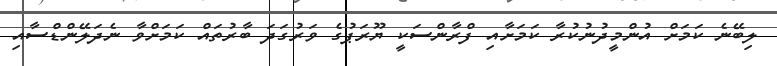
ލިބޭނެ ކަމަށް އުންމީދުނުކުރާ ކަމަށާއި ފްރާންސަކީ ޔޫރަޕުގެ ވަރުގަދަ ބާރުތައް ކަމަށްވާ ނެދަލޭންޑްސާއި